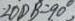
\angle O D B = 9 0 ^ { \circ }